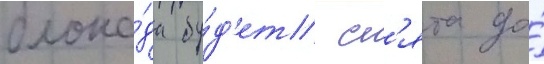
блока́да бу́д'ет сн'ята до́